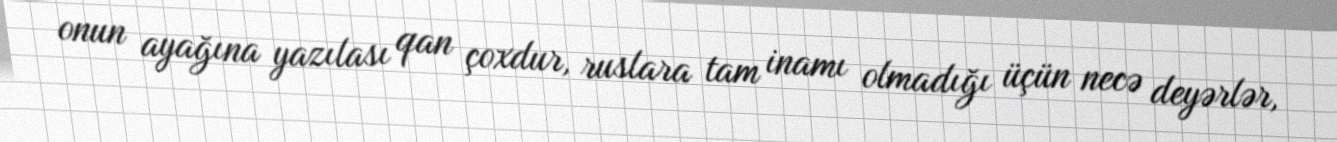
onun ayağına yazılası qan çoxdur, ruslara tam inamı olmadığı üçün necə deyərlər,